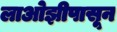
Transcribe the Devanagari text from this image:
लाओझीपासून